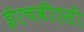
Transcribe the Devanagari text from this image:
ईएचवीएसी